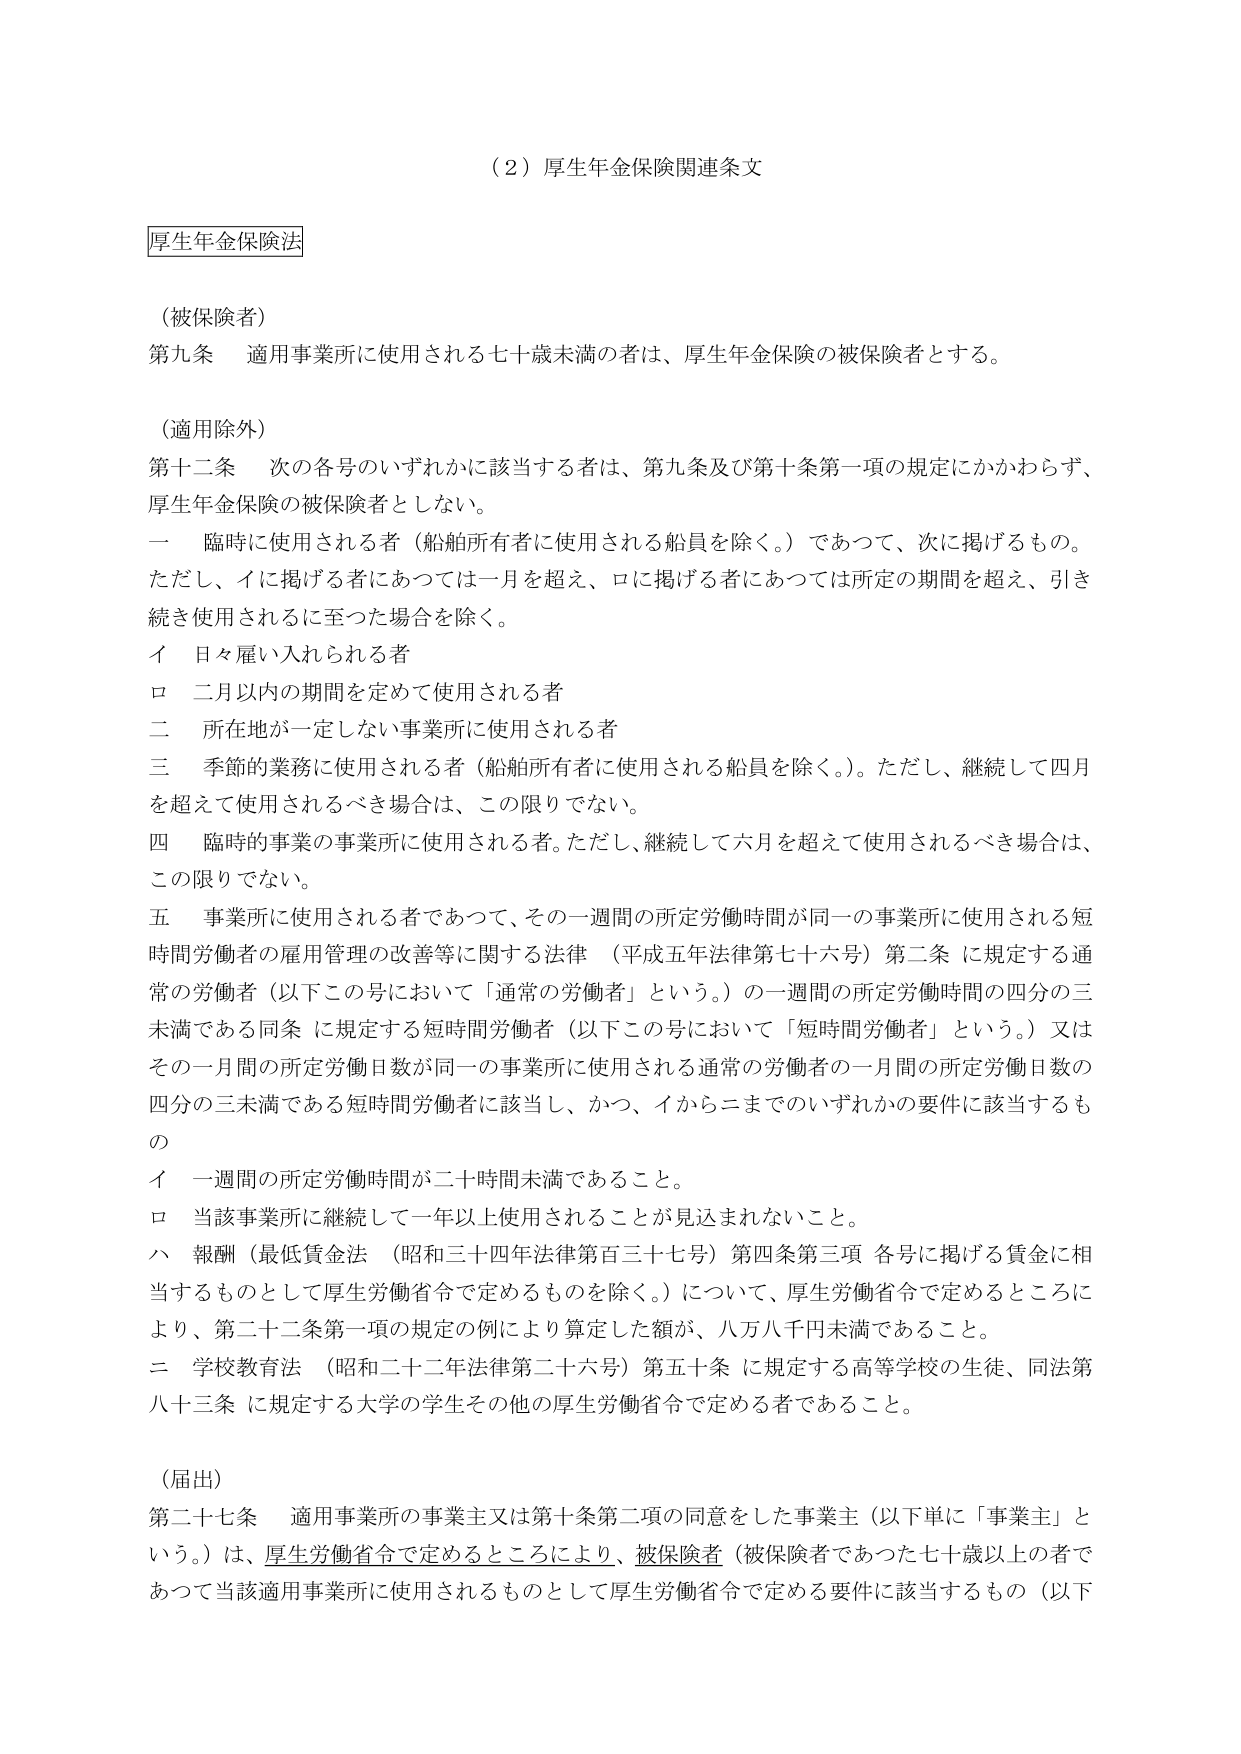
（2）厚生年金保険関連条文

厚生年金保険法

（被保険者）
第九条　適用事業所に使用される七十歳未満の者は、厚生年金保険の被保険者とする。

（適用除外）
第十二条　次の各号のいずれかに該当する者は、第九条及び第十条第一項の規定にかかわらず、
厚生年金保険の被保険者としない。
一　臨時に使用される者（船舶所有者に使用される船員を除く。）であって、次に掲げるものの。
ただし、イに掲げる者にあつては一月を超え、ロに掲げる者にあつては所定の期間を超え、引き
続き使用されるに至つた場合を除く。
　イ　日々雇い入れられる者
　ロ　二月以内の期間を定めて使用される者
二　所在地が一定しない事業所に使用される者
三　季節的業務に使用される者（船舶所有者に使用される船員を除く。）。ただし、継続して四月
を超えて使用されるべき場合は、この限りでない。
四　臨時の事業の事業所に使用される者。ただし、継続して六月を超えて使用されるべき場合は、
この限りでない。
五　事業所に使用される者であつて、その一週間の所定労働時間が同一の事業所に使用される短
時間労働者の雇用管理の改善等に関する法律（平成五年法律第七十六号）第二条に規定する通
常の労働者（以下この号において「通常の労働者」という。）の一週間の所定労働時間の四分の三
未満である同条に規定する短時間労働者（以下この号において「短時間労働者」という。）又は
その一月間の所定労働日数が同一の事業所に使用される通常の労働者の一月間の所定労働日数の
四分の三未満である短時間労働者に該当し、かつ、イからニまでのいずれかの要件に該当するも
の
　イ　一週間の所定労働時間が二十時間未満であること。
　ロ　当該事業所に継続して一年以上使用されることが見込まれないこと。
　ハ　報酬（最低賃金法（昭和三十四年法律第百三十七号）第四条第三項各号に掲げる賃金に相
　　　当するものとして厚生労働省令で定めるものを除く。）について、厚生労働省令で定めるところに
　　　より、第二十二条第一項の規定の例により算定した額が、八万八千円未満であること。
　ニ　学校教育法（昭和二十二年法律第二十六号）第五十条に規定する高等学校の生徒、同法第
　　　八十三条に規定する大学の学生その他の厚生労働省令で定める者であること。

（届出）
第二十七条　適用事業所の事業主又は第十条第二項の同意をした事業主（以下単に「事業主」と
いう。）は、厚生労働省令で定めるところにより、被保険者（被保険者であつた七十歳以上の者で
あつて当該適用事業所に使用されるものとして厚生労働省令で定める要件に該当するもの（以下